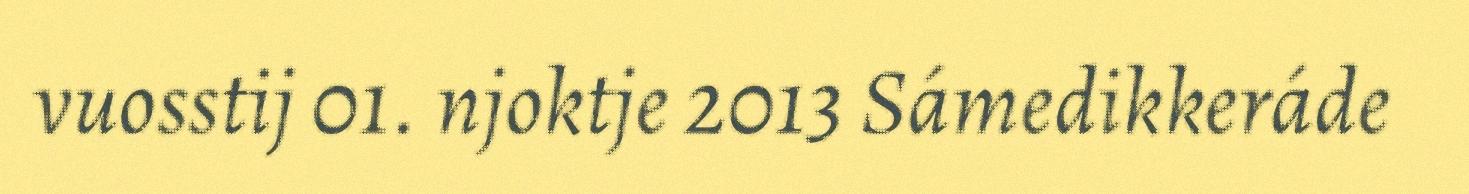
vuosstij 01. njoktje 2013 Sámedikkeráde